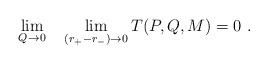
LaTeX: \begin{align*}\lim _{Q\rightarrow 0} \quad \lim _{(r_+ - r_-) \rightarrow 0}T(P,Q,M) = 0 \ .\end{align*}